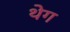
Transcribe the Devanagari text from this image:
थेग